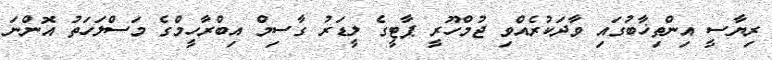
ރިޔާސީ އިންތިޚާބުގައި ވާދަކުރެއްވި ޖުމްހޫރީ ޕާޓީގެ ލީޑަރު ގާސިމް އިބްރާހީމްގެ މަސްލަހަތު އޮންނަ